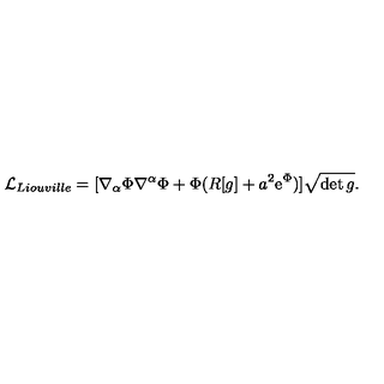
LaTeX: { \cal L } _ { L i o u v i l l e } = [ \nabla _ { \alpha } \Phi \nabla ^ { \alpha } \Phi + \Phi ( R [ g ] + a ^ { 2 } \mathrm { e } ^ { \Phi } ) ] \sqrt { \det g } .